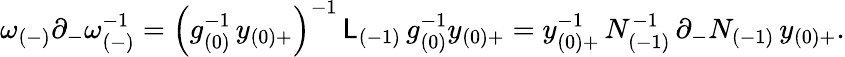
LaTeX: \omega_{(-)}\partial_{-}\omega_{(-)}^{-1}=\left(g_{(0)}^{-1}\, y_{(0)+}\right)^{-1}\, \mathsf{L}_{(-1)}\, g_{(0)}^{-1}y_{(0)+}=y_{(0)+}^{-1}\, N_{(-1)}^{-1}\, \partial_{-}N_{(-1)}\, y_{(0)+}.